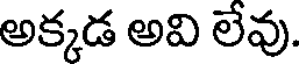
అక్కడ అవి లేవు.